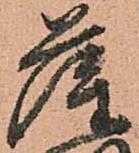
薩